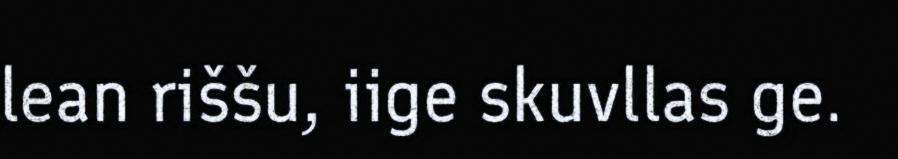
lean riššu, iige skuvllas ge.